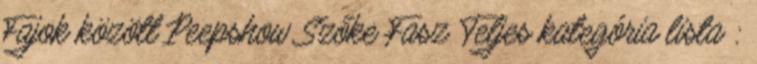
Fajok között Peepshow Szőke Fasz Teljes kategória lista :